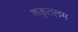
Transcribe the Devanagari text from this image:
शकुतलम